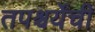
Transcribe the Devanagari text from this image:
तपश्चर्येची